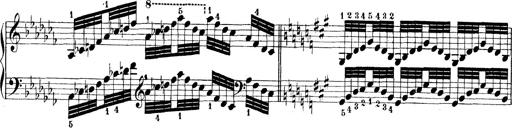
Title: Technische Studien
Composer: Franz Liszt